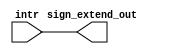
module sign_extension(intr,sign_extend_out);
input [31:0]intr;//output of instruction memory of 16 bits
output [31:0]sign_extend_out;//to be extended to 32 bits
assign sign_extend_out={{16{intr[15]}},intr};//concatenation of exteension msb bits and the data_in
endmodule